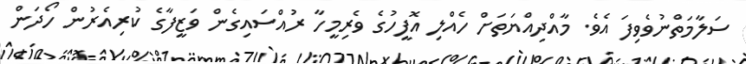
ސަލާމަތްނުވެވިފަ އެވެ. މާއްދިއްޔަތަށް ހެއްލި އޮފީހުގެ ވެރިމީހާ ރުއްސައިގެން ވަޒީފާގެ ކުރިއެރުން ހޯދަން